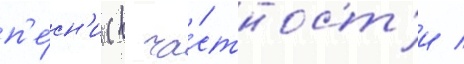
п'е́сн'и (в ча́стност'и /